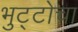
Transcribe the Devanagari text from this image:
भुट्टोचा